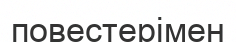
повестерімен